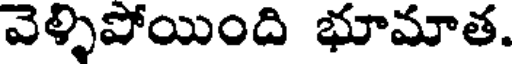
వెళ్ళిపోయింది భూమాత.